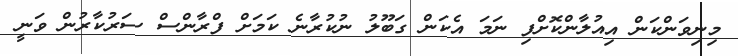
މިނިވަންކަން އިއުލާންކޮށްފި ނަމަ އެކަން ގަބޫލު ނުކުރާނެ ކަމަށް ފްރާންސް ސަރުކާރުން ވަނީ